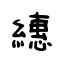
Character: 繐